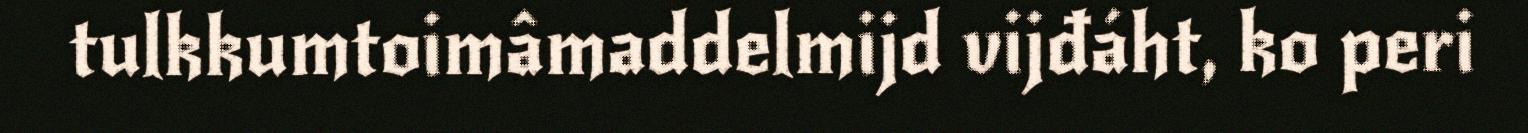
tulkkumtoimâmaddelmijd vijđáht, ko peri